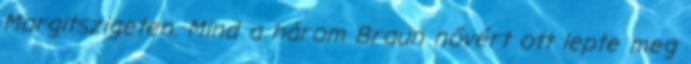
Margitszigeten. Mind a három Braun nővért ott lepte meg